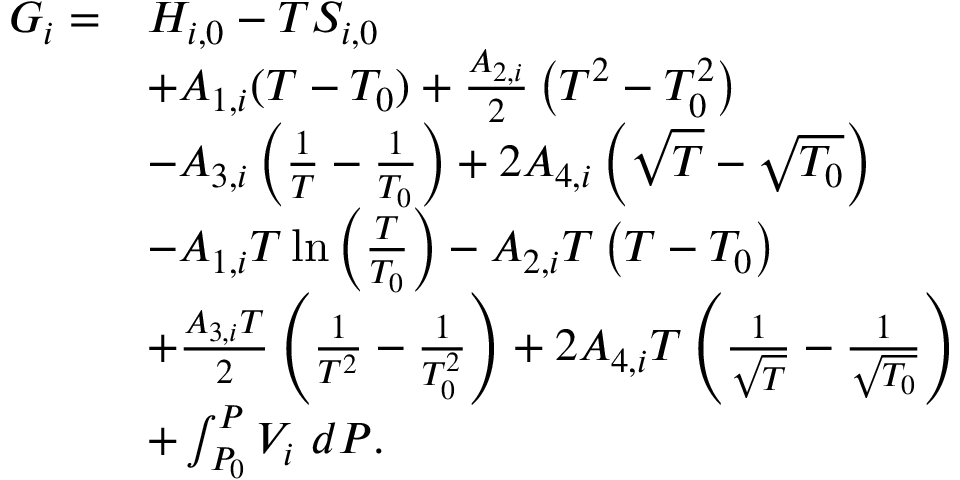
\begin{array} { r l } { G _ { i } = } & { H _ { i , 0 } - T S _ { i , 0 } } \\ & { + A _ { 1 , i } ( T - T _ { 0 } ) + \frac { A _ { 2 , i } } { 2 } \left( T ^ { 2 } - T _ { 0 } ^ { 2 } \right) } \\ & { - A _ { 3 , i } \left( \frac { 1 } { T } - \frac { 1 } { T _ { 0 } } \right) + 2 A _ { 4 , i } \left( \sqrt { T } - \sqrt { T _ { 0 } } \right) } \\ & { - A _ { 1 , i } T \ln { \left( \frac { T } { T _ { 0 } } \right) } - A _ { 2 , i } T \left( T - T _ { 0 } \right) } \\ & { + \frac { A _ { 3 , i } T } { 2 } \left( \frac { 1 } { T ^ { 2 } } - \frac { 1 } { T _ { 0 } ^ { 2 } } \right) + 2 A _ { 4 , i } T \left( \frac { 1 } { \sqrt { T } } - \frac { 1 } { \sqrt { T _ { 0 } } } \right) } \\ & { + \int _ { P _ { 0 } } ^ { P } V _ { i } ~ d P . } \end{array}